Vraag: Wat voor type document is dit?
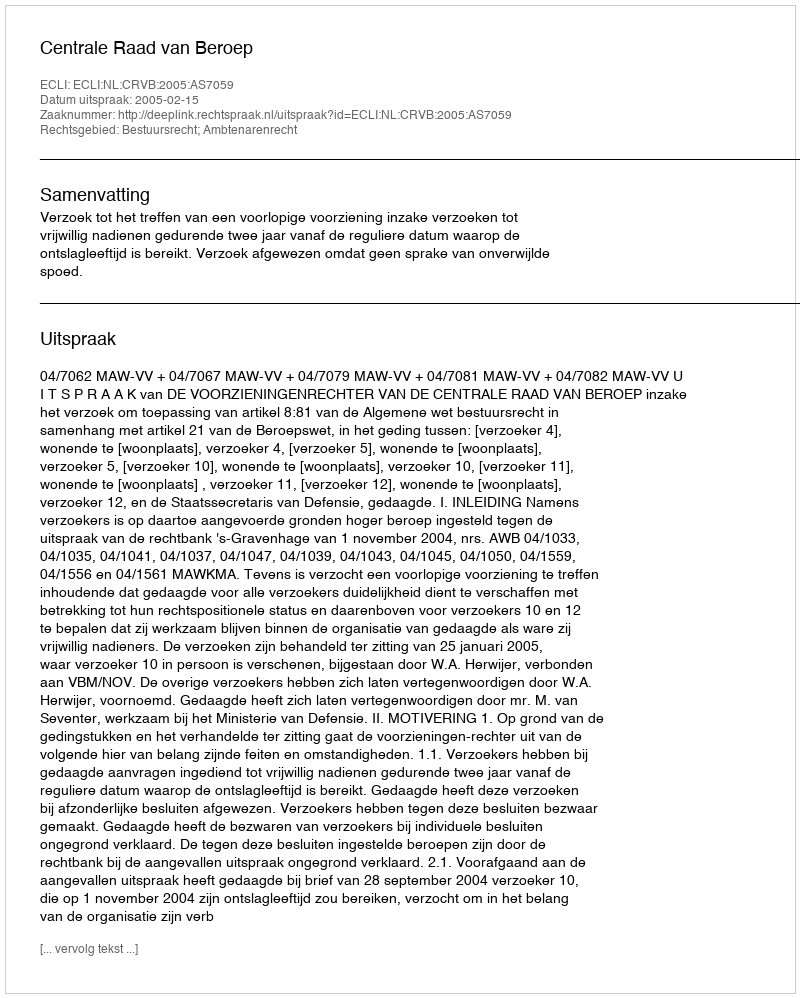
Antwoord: Uitspraak